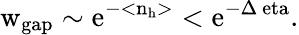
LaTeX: \mathrm{w_{gap}\sim e^{-<n_{h}>}<e^{-\Delta\ eta}.}